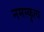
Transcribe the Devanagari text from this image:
नमस्कृत्य